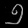
Digit: ၅